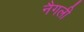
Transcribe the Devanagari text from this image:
नैगली